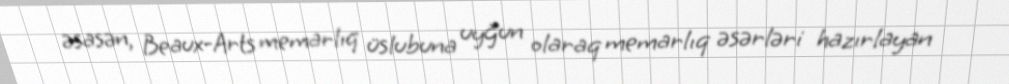
əsasən, Beaux-Arts memarlıq üslubuna uyğun olaraq memarlıq əsərləri hazırlayan